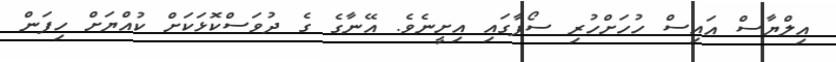
އިލްޔާސް އައިސް ހުހަށްހުރި ސޯފާގައި އިށީނެވެ. އޭނާގެ ގެ ދުވަސްކޮޅަކަށް ކުއްޔަށް ހިފަން